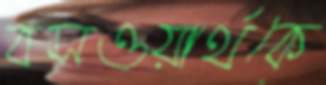
বসওয়ার্থকে